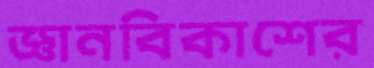
জ্ঞানবিকাশের